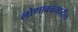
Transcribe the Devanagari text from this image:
लोणावळ्यातील